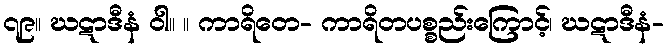
၇၉။ ဃဋာဒီနံ ဝါ။ ။ ကာရိတေ- ကာရိတပစ္စည်းကြောင့်၊ ဃဋာဒီနံ-